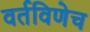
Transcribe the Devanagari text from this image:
वर्तविणेच